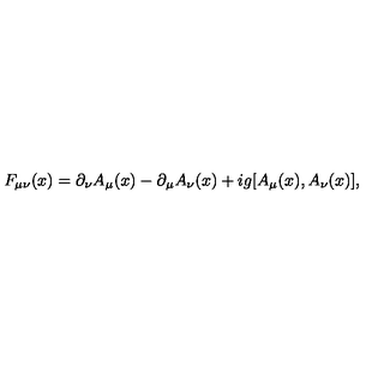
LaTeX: F _ { \mu \nu } ( x ) = \partial _ { \nu } A _ { \mu } ( x ) - \partial _ { \mu } A _ { \nu } ( x ) + i g [ A _ { \mu } ( x ) , A _ { \nu } ( x ) ] ,